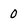
Character: 0